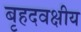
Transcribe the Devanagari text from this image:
बृहदवक्षीय